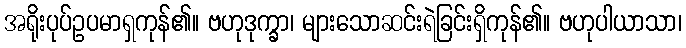
အရိုးပုပ်ဥပမာရှကုန်၏။ ဗဟုဒုက္ခာ၊ များသောဆင်းရဲခြင်းရှိကုန်၏။ ဗဟုပါယာသာ၊